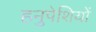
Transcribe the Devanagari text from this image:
हनुपेशियों